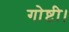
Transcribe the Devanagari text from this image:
गोष्टी।